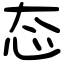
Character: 态